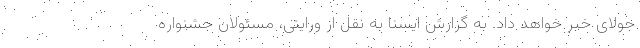
جولای خبر خواهد داد. به گزارش ایسنا به نقل از ورایتی، مسئولان جشنواره